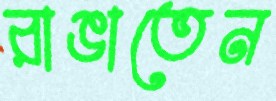
রাঙাতেন